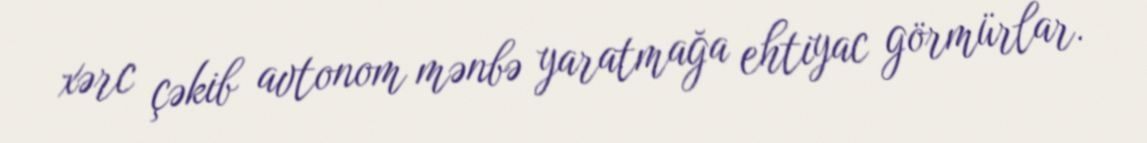
xərc çəkib avtonom mənbə yaratmağa ehtiyac görmürlar.